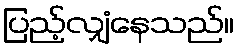
ပြည့်လျှံနေသည်။